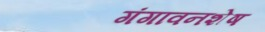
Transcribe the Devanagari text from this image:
गंगावनशेष